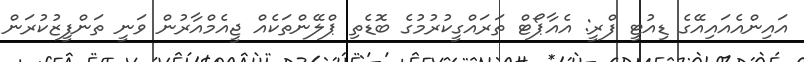
އައިންއެއައިއޭގެ ޑިއުޓީ ފްރީ: އެއާޕޯޓް ތަރައްގީކުރުމުގެ ބޮޑެތި ޕްލޭންތަކެއް ޖީއެމްއާރުން ވަނީ ތަންފީޒުކުރަން